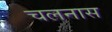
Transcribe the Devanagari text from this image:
चलनास